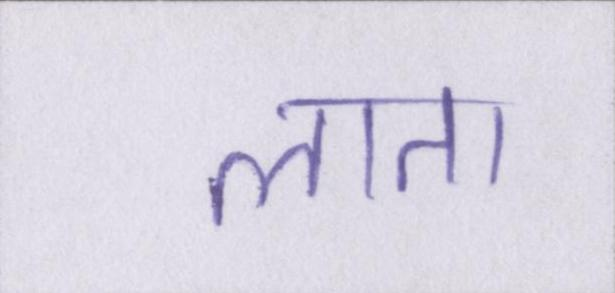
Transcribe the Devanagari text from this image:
लाता